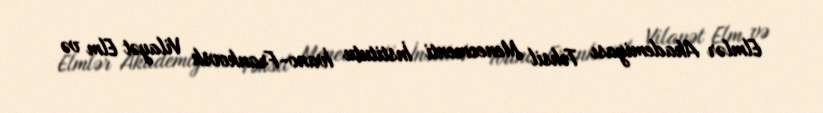
Elmlər Akademiyası Təhsil Menecmenti İnstitutu İvano-Frankovsk Vilayət Elm və